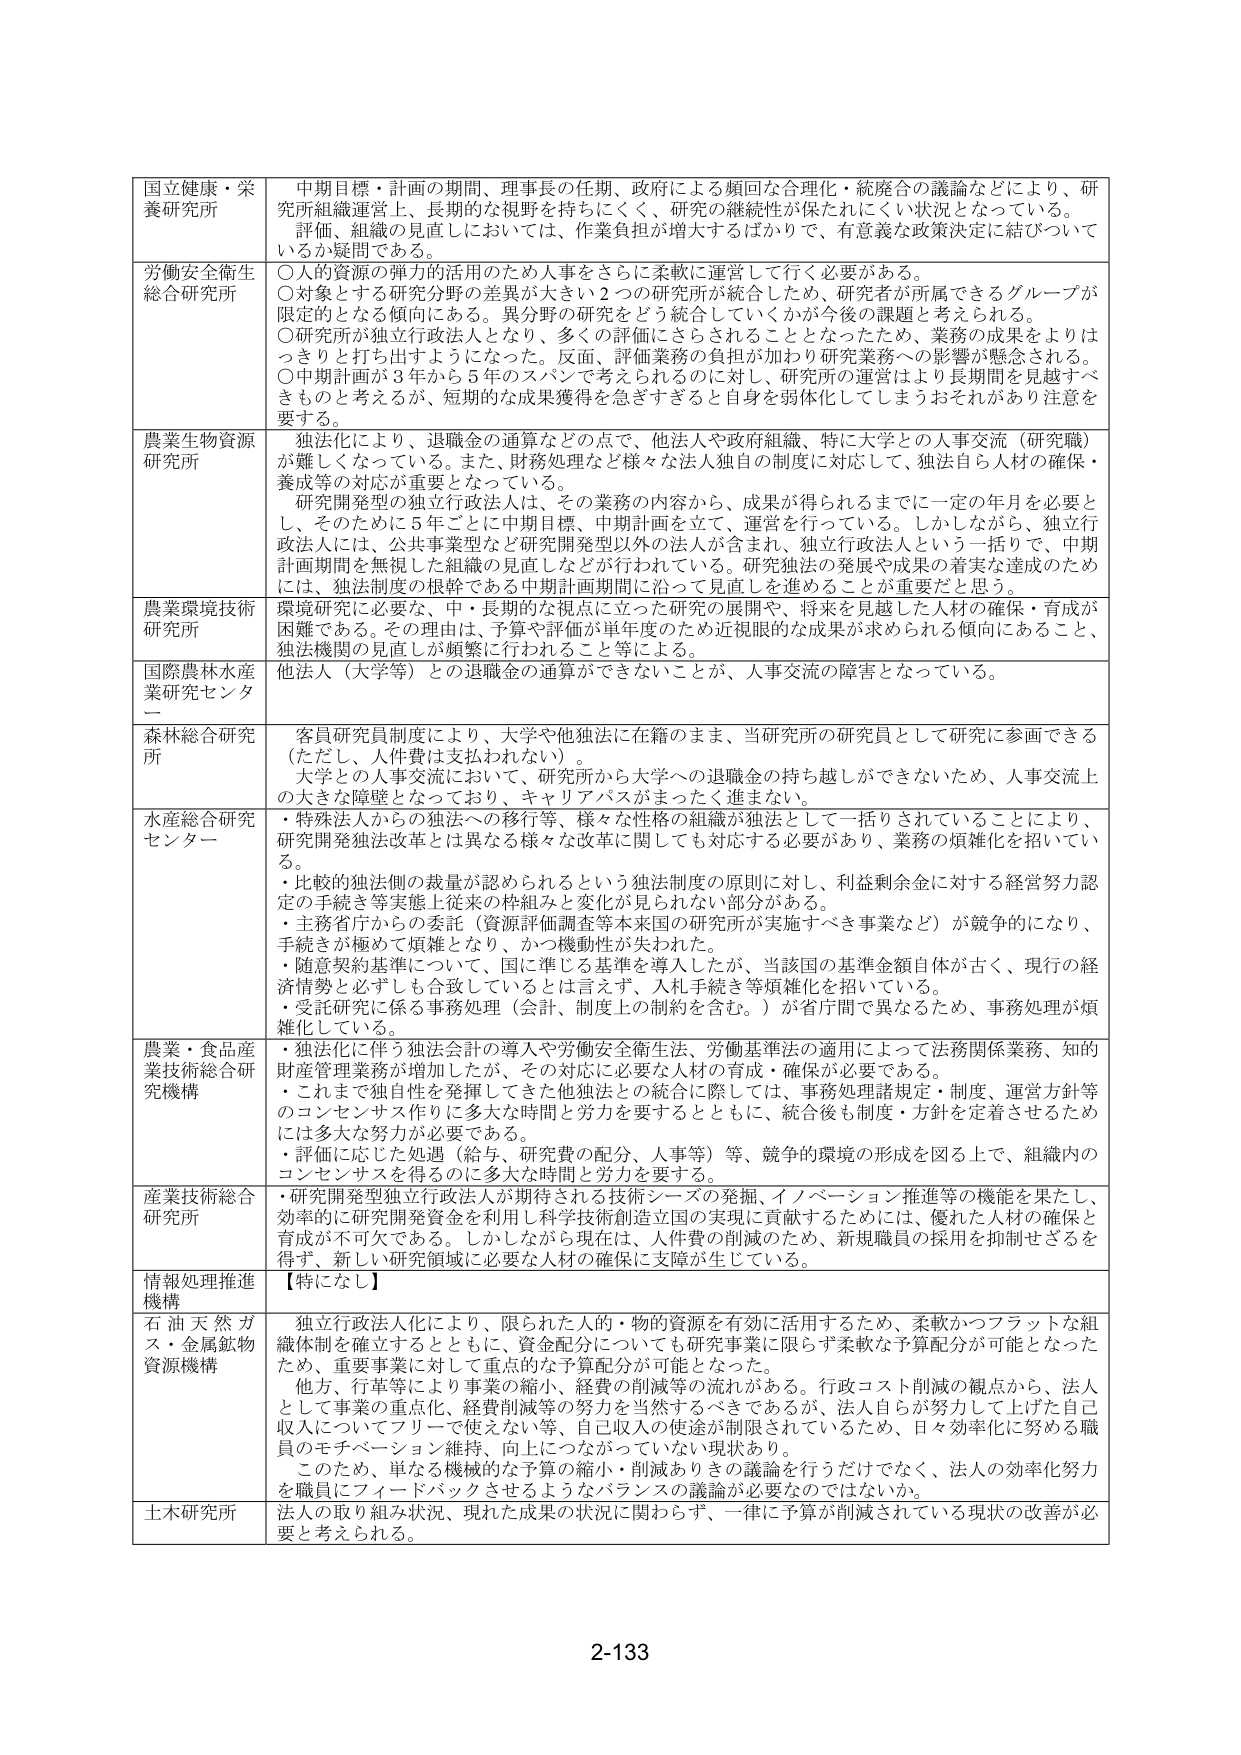
国立健康・栄養研究所　中期目標・計画の期間、理事長の任期、政府による頻回な合理化・統廃合の議論などにより、研究所組織運営上、長期的な視野を持ちにくく、研究の継続性が保たれにくい状況となっている。評価、組織の見直しにおいては、作業負担が増大するばかりで、有意義な政策決定に結びついているか疑問である。

労働安全衛生総合研究所　○人的資源の弾力的活用のため人事をさらに柔軟に運営して行く必要がある。○対象とする研究分野の差異が大きい2つの研究所が統合したため、研究者が所属できるグループが限定的となる傾向にある。異分野の研究をどう統合していくかが今後の課題と考えられる。○研究所が独立行政法人となり、多くの評価にさらされることとなったため、業務の成果をよりはっきりと打ち出すようになった。反面、評価業務の負担が加わり研究業務への影響が懸念される。○中期計画が3年から5年のスパンで考えられるのに対し、研究所の運営はより長期間を見越すべきものと考えるが、短期的な成果獲得を急ぎすぎると言身を弱体化してしまうおそれがあり注意を要する。

農業生物資源研究所　独法化により、退職金の通算などの点で、他法人や政府組織、特に大学との人事交流（研究職）が難しくなっている。また、財務処理など様々な法人独自の制度に対応して、独法自ら人材の確保・養成等の対応が重要となっている。研究開発型の独立行政法人は、その業務の内容から、成果が得られるまでに一定の年月を必要とし、そのために5年ごとに中期目標、中期計画を立て、運営を行っている。しかしながら、独立行政法人には、公共事業型など研究開発型以外の法人が含まれ、独立行政法人という一括りで、中期計画期間を無視した組織の見直しなどが行われている。研究独法の発展や成果の着実な達成のためには、独法制度の根幹である中期計画期間に沿って見直しを進めることが重要だと思う。

農業環境技術研究所　環境研究に必要な、中・長期的な視点に立った研究の展開や、将来を見越した人材の確保・育成が困難である。その理由は、予算や評価が単年度のため近視眼的な成果が求められる傾向にあること、独法機関の見直しが頻繁に行われること等による。

国際農林水産業研究センター　他法人（大学等）との退職金の通算ができないことが、人事交流の障害となっている。

森林総合研究所　客員研究員制度により、大学や他独法に在籍のまま、当研究所の研究員として研究に参画できる（ただし、人件費は支払われない）。大学との人事交流において、研究所から大学への退職金の持ち越しができないため、人事交流上の大きな障壁となっており、キャリアパスがまったく進まない。

水産総合研究センター　・特殊法人からの独法への移行等、様々な性格の組織が独法として一括りされていることにより、研究開発独法改革とは異なる様々な改革に関しても対応する必要があり、業務の煩雑化を招いている。・比較的独法側の裁量が認められるという独法制度の原則に対し、利益剰余金に対する経営努力認定の手続き等実態上従来の枠組みと変化が見られない部分がある。・主務省庁からの委託（資源評価調査等本国の研究所が実施すべき事業など）が競争的になり、手続きが極めて煩雑となり、かつ機動性が失われた。・随意契約基準について、国に準じる基準を導入したが、当該国の基準金額自体が古く、現行の経済情勢と必ずしも合致しているとは言えず、入札手続き等煩雑化を招いている。・受託研究に係る事務処理（会計、制度上の制約を含む。）が省庁間で異なるため、事務処理が煩雑化している。

農業・食品産業技術総合研究機構　・独法化に伴う独法会計の導入や労働安全衛生法、労働基準法の適用によって法務関係業務、知的財産管理業務が増加したが、その対応に必要な人材の育成・確保が必要である。・これまで独自性を発揮してきた他独法との統合に際しては、事務処理諸規定・制度、運営方針等のコンセンサス作りに多大な時間と労力を要するとともに、統合後も制度・方針を定着させるためには多大な努力が必要である。・評価に応じた処遇（給与、研究費の配分、人事等）等、競争的環境の形成を図る上で、組織内のコンセンサスを得るのに多大な時間と労力を要する。

産業技術総合研究所　・研究開発型独立行政法人が期待される技術シーズの発掘、イノベーション推進等の機能を果たし、効率的に研究開発資金を利用し科学技術創造立国の実現に貢献するためには、優れた人材の確保と育成が不可欠である。しかしながら現在は、人件費の削減のため、新規職員の採用を抑制せざるを得ず、新しい研究領域に必要な人材の確保に支障が生じている。

情報処理推進機構　【特になし】

石油天然ガス・金属鉱物資源機構　独立行政法人化により、限られた人的・物的資源を有効に活用するため、柔軟かつフラットな組織体制を確立するとともに、資金配分についても研究事業に限らず柔軟な予算配分が可能となったため、重要事業に対して重点的な予算配分が可能となった。他方、行革等により事業の縮小、経費の削減等の流れがある。行政コスト削減の観点から、法人として事業の重点化、経費削減等の努力を当然するべきであるが、法人自らが努力して上げた自己収入についてフリーで使えない等、自己収入の使途が制限されているため、日々効率化に努める職員のモチベーション維持、向上につながっていない現状あり。このため、単なる機械的な予算の縮小・削減ありきの議論を行うだけでなく、法人の効率化努力を職員にフィードバックさせるようなバランスの議論が必要なのではないか。

土木研究所　法人の取り組み状況、現れた成果の状況に関わらず、一律に予算が削減されている現状の改善が必要と考えられる。

2-133